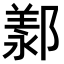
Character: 𫑩